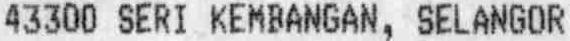
43300 SERI KEMBANGAN, SELANGOR